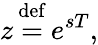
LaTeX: z{\stackrel{\mathrm{def}}{{}={}}}e^{sT},